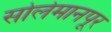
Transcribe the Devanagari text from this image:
सोलेमानपूर